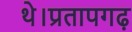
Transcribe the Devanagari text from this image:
थे।प्रतापगढ़